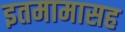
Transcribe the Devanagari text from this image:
इतमामासह